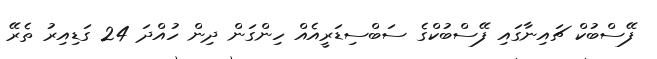
ފޭސްބުކް ޗައިނާގައި ފޭސްބުކްގެ ސަބްސިޑަރީއެއް ހިންގަން ދިން ހުއްދަ 24 ގަޑިއިރު ތެރޭ